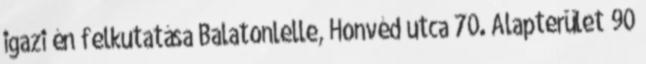
igazi én felkutatása Balatonlelle, Honvéd utca 70. Alapterület 90